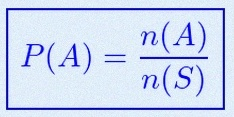
P(A)=\frac{n(A)}{n(S)}